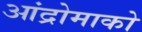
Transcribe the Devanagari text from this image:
आंद्रोमाको